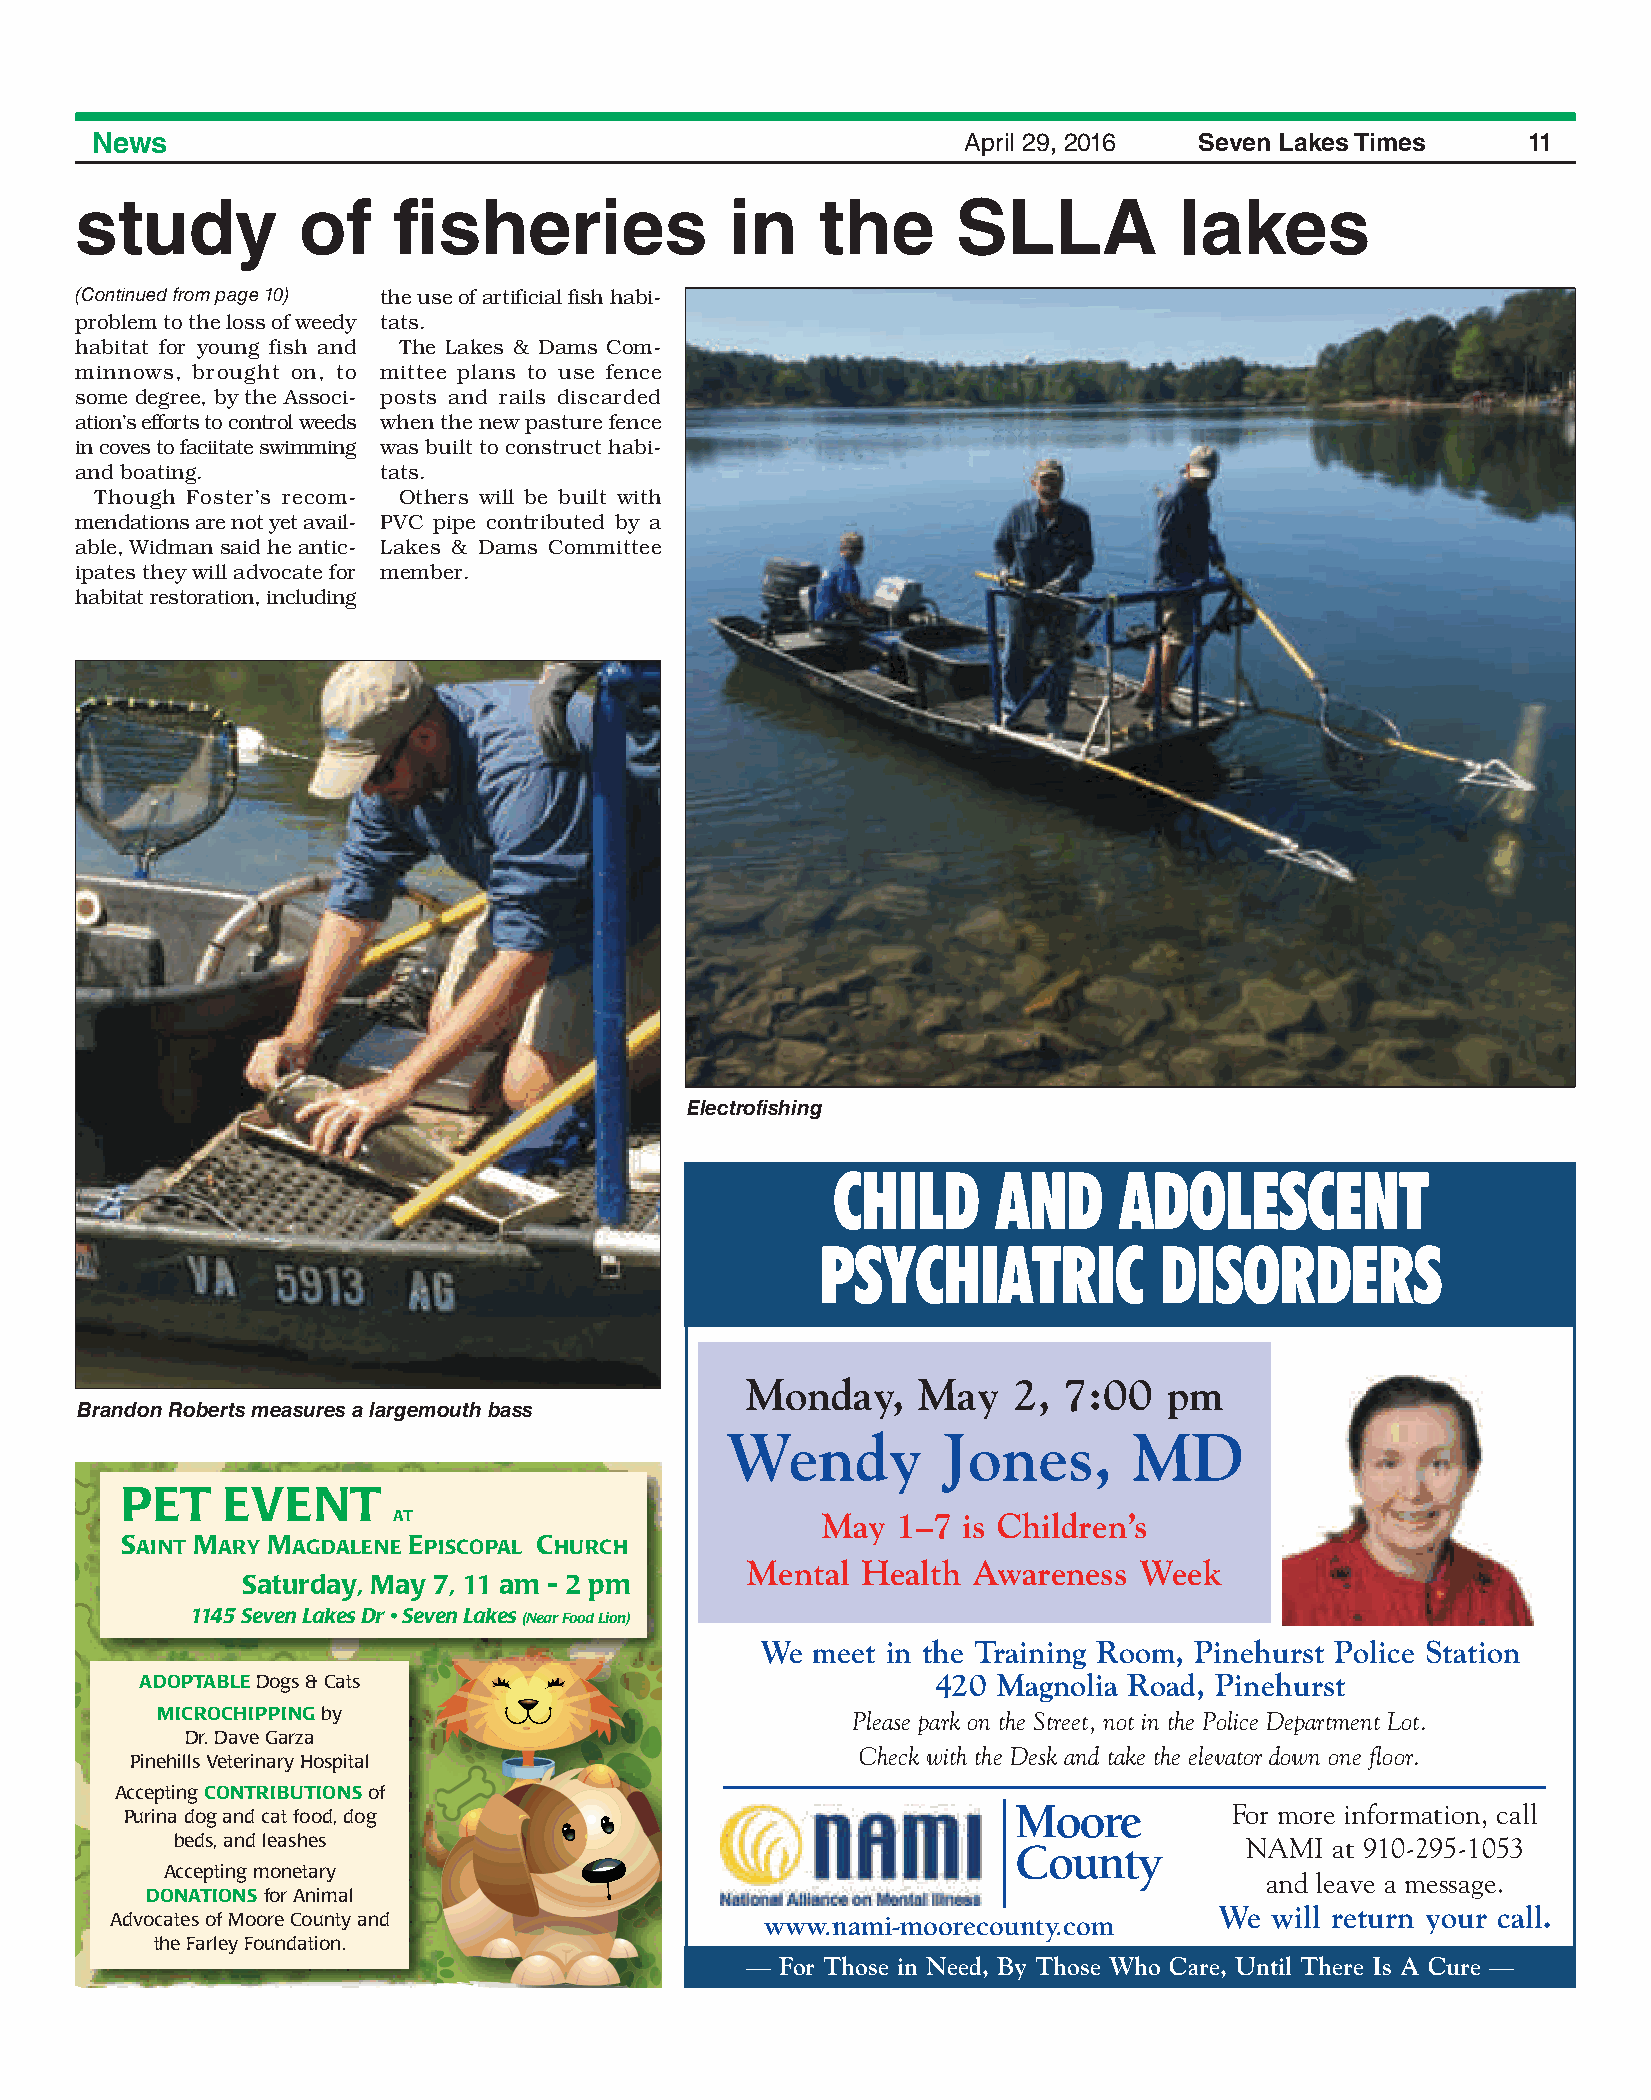
News                                                      April 29, 2016 Seven Lakes Times     11
 study          of    fisheries             in    the      SLLA           lakes
 (Continued from page 10) the use of artificial fish habi-
 problem to the loss of weedy tats.
 habitat for young fish and The Lakes & Dams Com-
 minnows, brought on, to mittee plans to use fence
 some degree, by the Associ- posts and rails discarded
 ation’s efforts to control weeds when the new pasture fence
 in coves to faciitate swimming was built to construct habi-
 and boating.        tats.
 Though Foster’s recom- Others will be built with
 mendations are not yet avail- PVC pipe contributed by a
 able, Widman said he antic- Lakes & Dams Committee
 ipates they will advocate for member.
 habitat restoration, including
 Electrofishing
 CHILD      AND     ADOLESCENT
 PSYCHIATRIC            DISORDERS
 Monday,     May   2, 7:00   pm
 Brandon Roberts measures a largemouth bass
 Wendy         Jones,       MD
 PET    EVENT
 AT                          May  1–7  is Children’s
 SAINT MARY MAGDALENE EPISCOPAL CHURCH
 Mental  Health Awareness  Week
 Saturday, May 7, 11 am - 2 pm
 1145 Seven Lakes Dr • Seven Lakes (Near Food Lion)
 We  meet in the Training Room, Pinehurst Police Station
 ADOPTABLEDogs & Cats                                 420 Magnolia Road, Pinehurst
 MICROCHIPPINGby                               Please park on the Street, not in the Police Department Lot.
 Dr. Dave Garza
 Check with the Desk and take the elevator down one floor.
 Pinehills Veterinary Hospital
 Accepting CONTRIBUTIONSof
 Moore         For more information, call
 Purina dog and cat food, dog
 beds, and leashes                                       County         NAMI  at 910-295-1053
 Accepting monetary
 and leave a message.
 DONATIONSfor Animal
 We will return your call.
 Advocates of Moore County and               www.nami-moorecounty.com
 the Farley Foundation.
 —  For Those in Need, By Those Who Care, Until There Is A Cure —